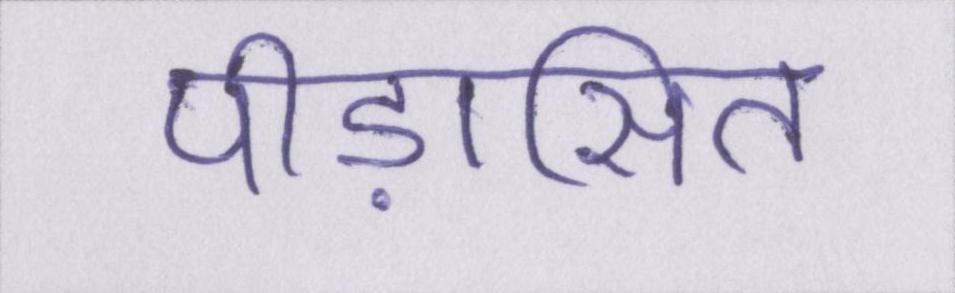
पीड़ासित